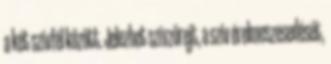
a két szívfél között. Jelezhet szívzörejt, a szív érelmeszesedését,